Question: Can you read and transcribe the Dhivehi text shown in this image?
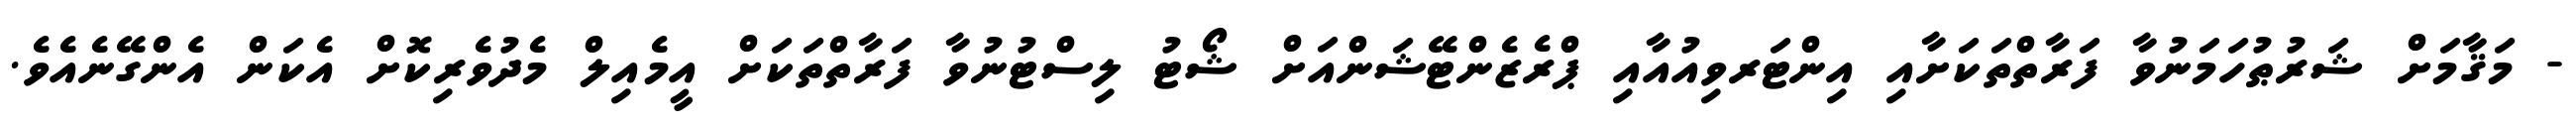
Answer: - މަޤާމަށް ޝަރުޠުހަމަނުވާ ފަރާތްތަކަށާއި އިންޓަރވިއުއާއި ޕްރެޒެންޓޭޝަންއަށް ޝޯޓު ލިސްޓުނުވާ ފަރާތްތަކަށް އީމެއިލް މެދުވެރިކޮށް އެކަން އެންގޭނެއެވެ.